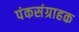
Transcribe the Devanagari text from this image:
पंकसंग्राहक